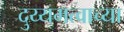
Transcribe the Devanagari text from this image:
दुय्यमत्वाच्या